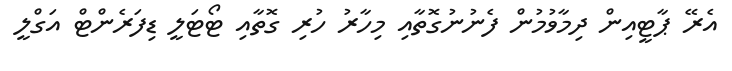
އެރޭ ޕާޓީއިން ދިމާވުމުން ފެނުނުގޮތާއި މިހާރު ހުރި ގޮތާއި ޓޯޓަލީ ޑިފަރެންޓް އަގްލީ